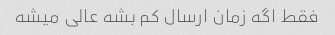
فقط اگه زمان ارسال کم بشه عالی میشه